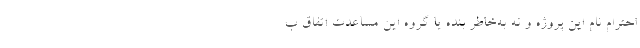
احترام نام این پروژه و نه به‌خاطر بنده یا گروه این مساعدت اتفاق ب